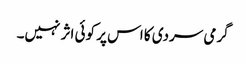
گرمی سردی کا اس پر کوئی اثر نہیں۔